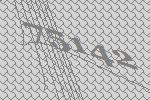
75142